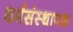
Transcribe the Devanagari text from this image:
धर्मसंस्थापक